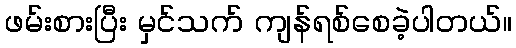
ဖမ်းစားပြီး မှင်သက် ကျန်ရစ်စေခဲ့ပါတယ်။